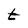
Character: t